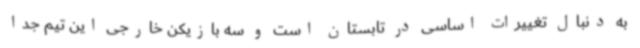
به دنبال تغییرات اساسی در تابستان است و سه بازیکن خارجی این تیم جدا